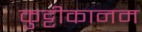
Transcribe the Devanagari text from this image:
कुट्टीकानम